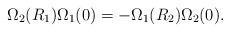
LaTeX: \begin{align*}\Omega_2(R_1)\Omega_1(0)=-\Omega_1(R_2)\Omega_2(0).\end{align*}